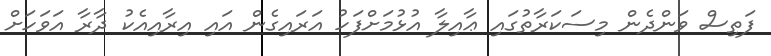
ފަތިސް ވަންދެން މިސަކަރާތުގައި ޢާއިލާ އުޅުމަށްފަހު އަރައިގެން އައި އިރާއިއެކު ދާރާ އަވަހަށް